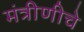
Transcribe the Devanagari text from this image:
मंत्रीणीचे